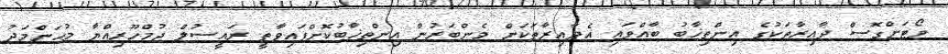
ވޯޓަށްގޮސް ދާއިރާތަކުގެ އިންތިޚާބު ބާއްވައި އެދާއިރާތަކަށް މެންބަރުން އިންތިޚާބުކޮށްފައިވާތީ ރައީސުލް ޖުމްހޫރިއްޔާ މުޙަންމަދު